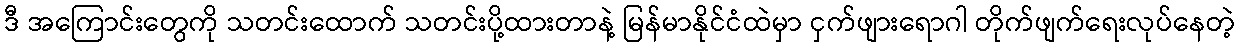
ဒီ အကြောင်းတွေကို သတင်းထောက် သတင်းပို့ထားတာနဲ့ မြန်မာနိုင်ငံထဲမှာ ငှက်ဖျားရောဂါ တိုက်ဖျက်ရေးလုပ်နေတဲ့